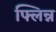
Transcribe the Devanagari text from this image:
फ्लिन्न